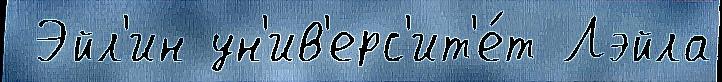
 Эйл'ин ун'ив'ерс'ит'е́т Лэйла